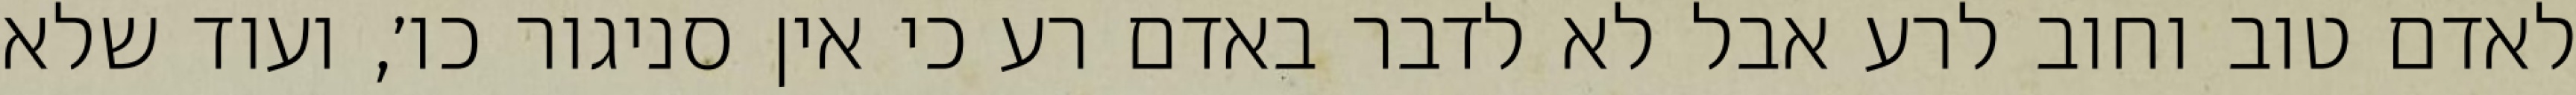
לאדם טוב וחוב לרע אבל לא לדבר באדם רע כי אין סניגור כו׳, ועוד שלא